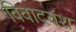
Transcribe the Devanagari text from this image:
विवादवश